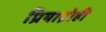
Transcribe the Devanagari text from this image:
प्रियाद्रोही